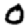
Digit: 0